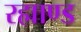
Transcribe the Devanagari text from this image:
रह्माण्ड